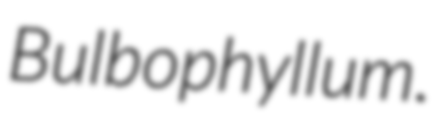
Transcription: Bulbophyllum.